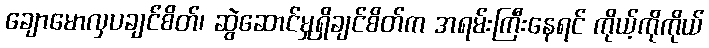
ချောမောလှပချင်စိတ်၊ ဆွဲဆောင်မှုရှိချင်စိတ်က အရမ်းကြီးနေရင် ကိုယ့်ကိုကိုယ်